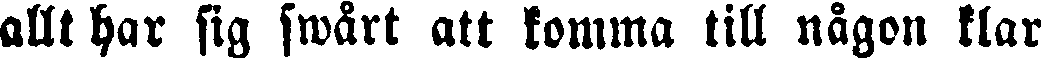
allt har sig swårt att komma till någon klar